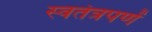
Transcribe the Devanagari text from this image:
स्वतंत्रपणें